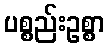
ပစ္စည်းဥစ္စာ